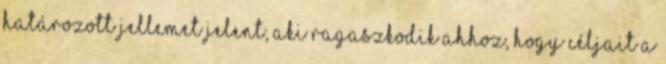
határozott jellemet jelent, aki ragaszkodik ahhoz, hogy céljait a